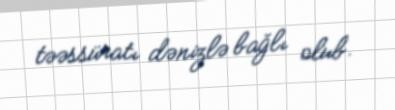
təəssüratı dənizlə bağlı olub.